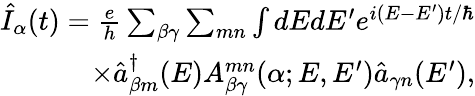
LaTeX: \begin{array}{r}{\hat{I}_{\alpha}(t)=\frac{e}{h}\sum_{\beta\gamma}\sum_{mn}\int dEdE^{\prime}e^{i(E-E^{\prime})t/\hbar}}\\ {\times\hat{a}_{\beta m}^{\dagger}(E)A_{\beta\gamma}^{mn}(\alpha;E,E^{\prime})\hat{a}_{\gamma n}(E^{\prime}),}\end{array}